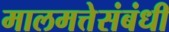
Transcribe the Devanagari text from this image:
मालमत्तेसंबंधी